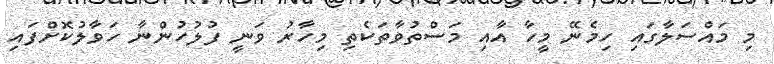
މި މައްސަލާގައި ހިމެނޭ މީހާ އާއި މަސްތުވާތަކެތި މިހާރު ވަނީ ފުލުހުންނާ ހަވާލުކޮށްފައި